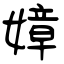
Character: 嫜